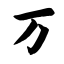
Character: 万